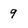
Character: 9